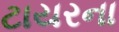
ટાયરના